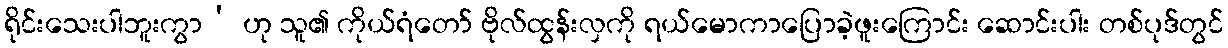
ရိုင်းသေးပါဘူးကွာ’ ဟု သူ၏ ကိုယ်ရံတော် ဗိုလ်ထွန်းလှကို ရယ်မောကာပြောခဲ့ဖူးကြောင်း ဆောင်းပါး တစ်ပုဒ်တွင်